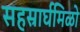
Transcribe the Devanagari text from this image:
सहस्रार्घमिळो